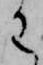
わ